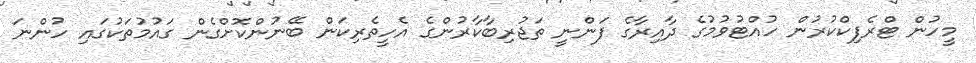
މީހުން ޓްރެފިކްކުރުން ހުއްޓުވުމުގެ ދާއިރާގެ ފަންނީ ތަޖުރިބާކާރުންގެ އެހީތެރިކަން ބޭނުންކޮށްގެން ގައުމުތަކުގައި ހުންނަ